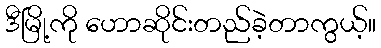
ဒီမြို့ကို ဟောဆိုင်းတည်ခဲ့တာကွယ့်။